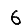
Digit: 6